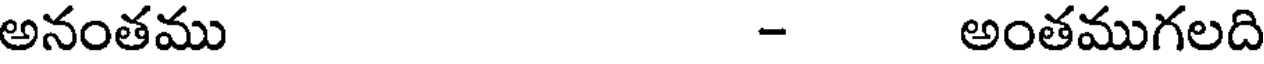
అనంతము - అంతముగలది